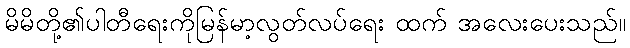
မိမိတို့၏ပါတီရေးကိုမြန်မာ့လွတ်လပ်ရေး ထက် အလေးပေးသည်။